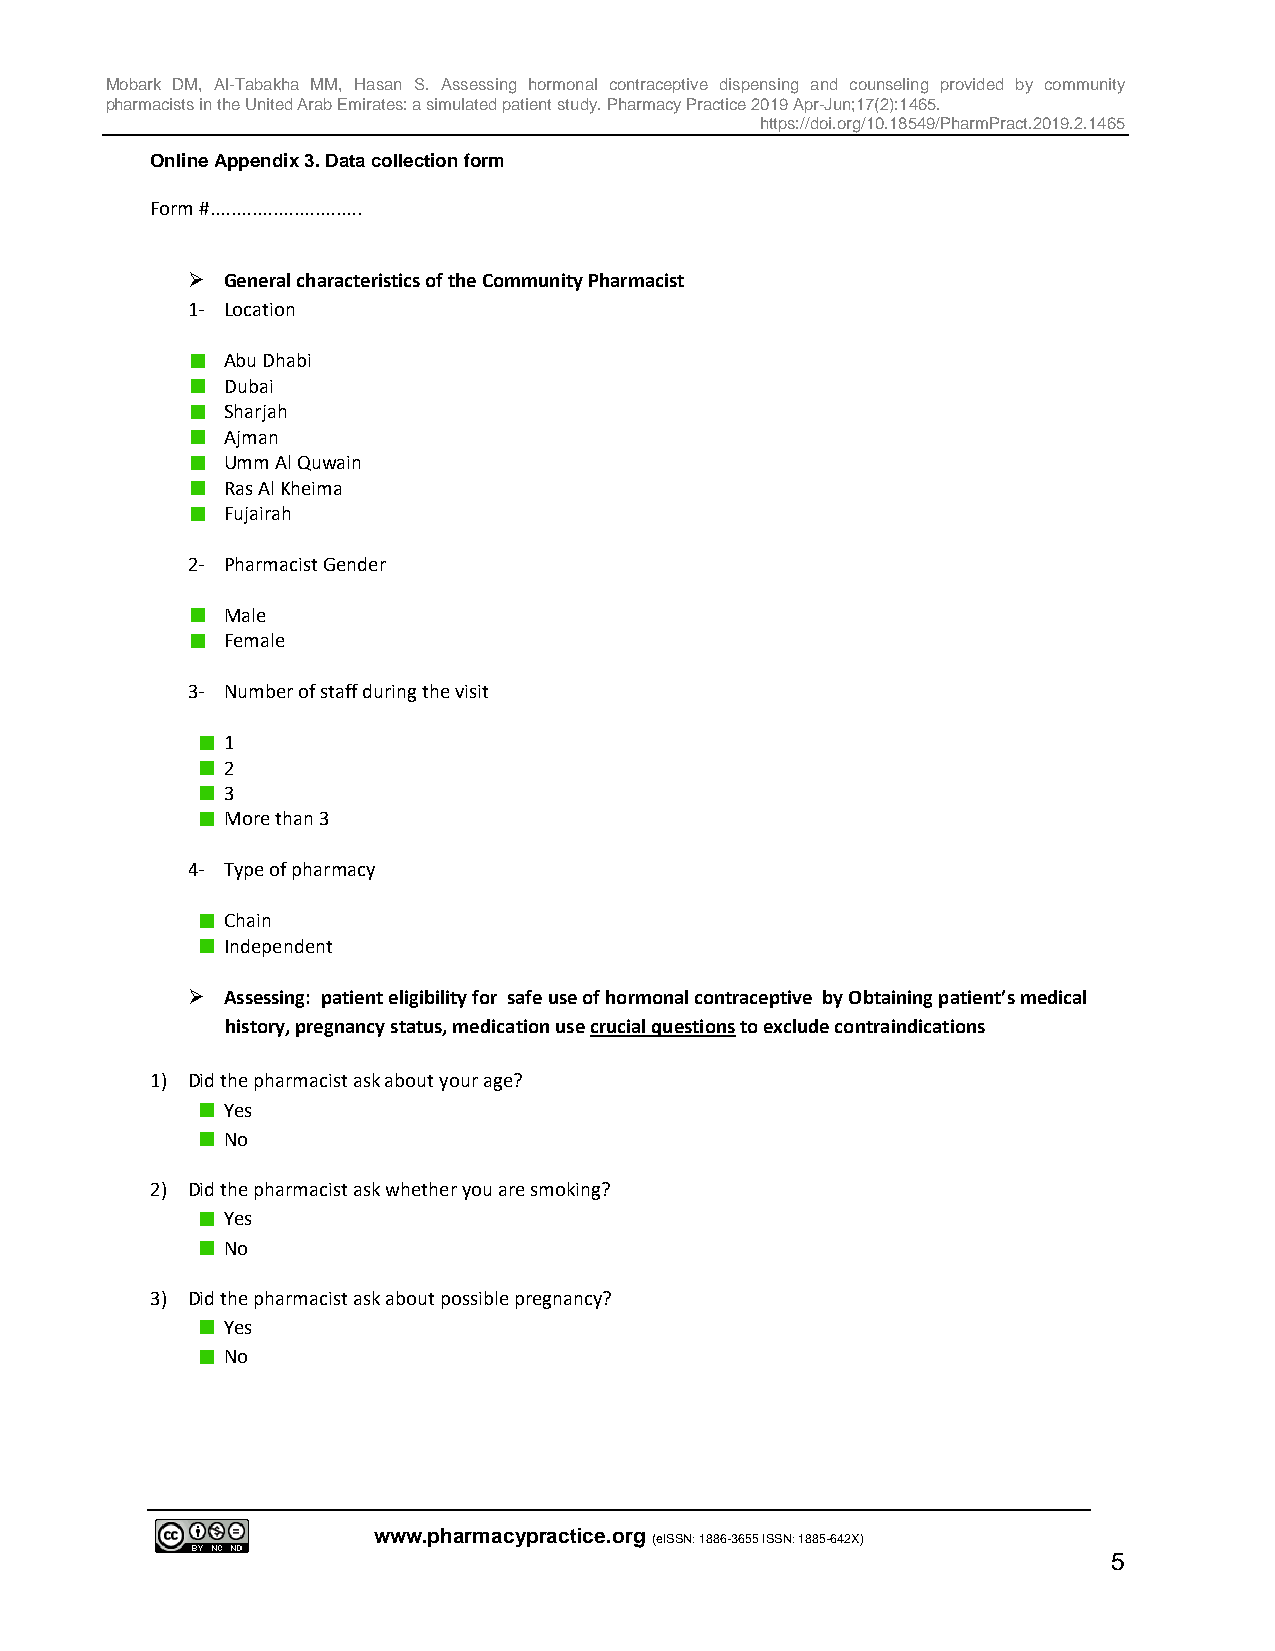
Mobark DM, Al-Tabakha MM, Hasan S. Assessing hormonal contraceptive dispensing and counseling provided by community
 pharmacists in the United Arab Emirates: a simulated patient study. Pharmacy Practice 2019 Apr-Jun;17(2):1465.
 https://doi.org/10.18549/PharmPract.2019.2.1465
 Online Appendix 3. Data collection form
 Form #.............................
   General characteristics of the Community Pharmacist
 1- Location
 Abu Dhabi
 Dubai
 Sharjah
 Ajman
 Umm Al Quwain
 Ras Al Kheima
 Fujairah
 2- Pharmacist Gender
 Male
 Female
 3- Number of staff during the visit
 1
 2
 3
 More than 3
 4- Type of pharmacy
 Chain
 Independent
   Assessing: patient eligibility for safe use of hormonal contraceptive by Obtaining patient’s medical
 history, pregnancy status, medication use crucial questions to exclude contraindications
 1) Did the pharmacist ask about your age?
 Yes
 No
 2) Did the pharmacist ask whether you are smoking?
 Yes
 No
 3) Did the pharmacist ask about possible pregnancy?
 Yes
 No
 www.pharmacypractice.org
 (eISSN: 1886-3655 ISSN: 1885-642X)
 5